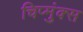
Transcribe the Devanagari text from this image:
चिप्मुंक्स